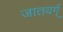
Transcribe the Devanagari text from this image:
जातवर्ग्